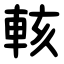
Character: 輆